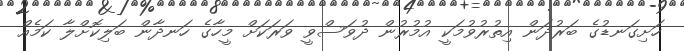
ހަށިގަނޑުގެ ބަރުދަން އިތުރުވުމަކީ އުމުރުން ދުވަސްވީ ވަރަކަށް މީހާގެ ހަނދާން ބަލިކޮށްލާ ކަމެއް